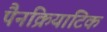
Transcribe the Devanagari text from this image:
पैनक्रियाटिक